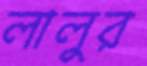
লালুর